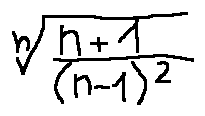
\sqrt [ n ] { \frac { n + 1 } { ( n - 1 ) ^ { 2 } } }